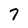
Character: 7